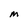
Character: M